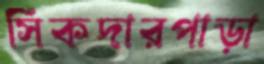
সিকদারপাড়া